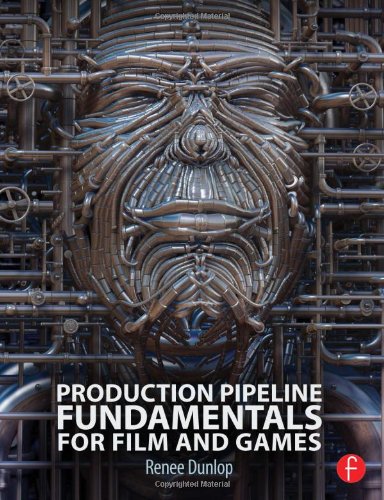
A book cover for Production Pipeline Fundamentals for Film and Games; Renee Dunlop; Computers & Technology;